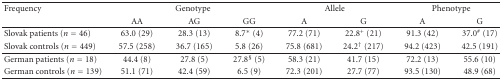
<table><thead><tr><td><b>Frequency</b></td><td colspan="3"><b>Genotype</b></td><td colspan="2"><b>Allele</b></td><td colspan="2"><b>Phenotype</b></td></tr><tr><td></td><td><b>AA</b></td><td><b>AG</b></td><td><b>GG</b></td><td><b>A</b></td><td><b>G</b></td><td><b>A</b></td><td><b>G</b></td></tr></thead><tbody><tr><td>Slovak patients (<i>n</i> = 46)</td><td>63.0 (29)</td><td>28.3 (13)</td><td>8.7* (4)</td><td>77.2 (71)</td><td>22.8<sup>+</sup> (21)</td><td>91.3 (42)</td><td>37.0<sup>#</sup> (17)</td></tr><tr><td>Slovak controls (<i>n</i> = 449)</td><td>57.5 (258)</td><td>36.7 (165)</td><td>5.8 (26)</td><td>75.8 (681)</td><td>24.2<sup>†</sup> (217)</td><td>94.2 (423)</td><td>42.5 (191)</td></tr><tr><td>German patients (<i>n</i> = 18)</td><td>44.4 (8)</td><td>27.8 (5)</td><td>27.8<sup>§</sup> (5)</td><td>58.3 (21)</td><td>41.7 (15)</td><td>72.2 (13)</td><td>55.6 (10)</td></tr><tr><td>German controls (<i>n</i> = 139)</td><td>51.1 (71)</td><td>42.4 (59)</td><td>6.5 (9)</td><td>72.3 (201)</td><td>27.7 (77)</td><td>93.5 (130)</td><td>48.9 (68)</td></tr></tbody></table>